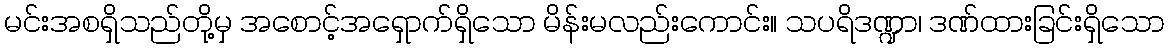
မင်းအစရှိသည်တို့မှ အစောင့်အရှောက်ရှိသော မိန်းမလည်းကောင်း။ သပရိဒဏ္ဍာ၊ ဒဏ်ထားခြင်းရှိသော